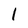
Character: 1